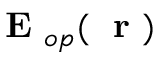
{ \mathrm { ~ \bf ~ E ~ } } _ { o p } ( \mathrm { ~ \bf ~ r ~ } )